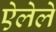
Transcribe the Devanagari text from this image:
ऐलेले